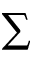
\textstyle \sum